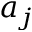
a _ { j }